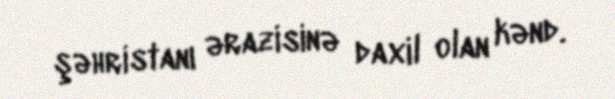
şəhristanı ərazisinə daxil olan kənd.